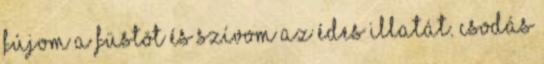
Fújom a füstöt és szívom az édes illatát. Csodás